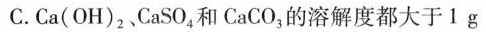
C.Ca(OH)_{2}，CaSO_{4}和CaCO_{3}的溶解度都大于1g